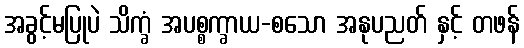
အခွင့်မပြုပဲ သိက္ခံ အပစ္စက္ခာယ-စသော အနုပညတ် နှင့် တဖန်